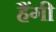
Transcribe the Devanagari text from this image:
हैंगी